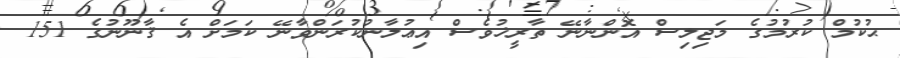
ޙުކުމް ކުރުމުގެ މަޖިލިސް އޮންނާނޭ ތާރީޚުވެސް އިޢުލާނުކުރަންވާނޭ ކަމަށް އެ ޤާނޫނުގެ 151